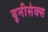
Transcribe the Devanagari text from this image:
यूनीसेक्स